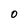
Character: 0